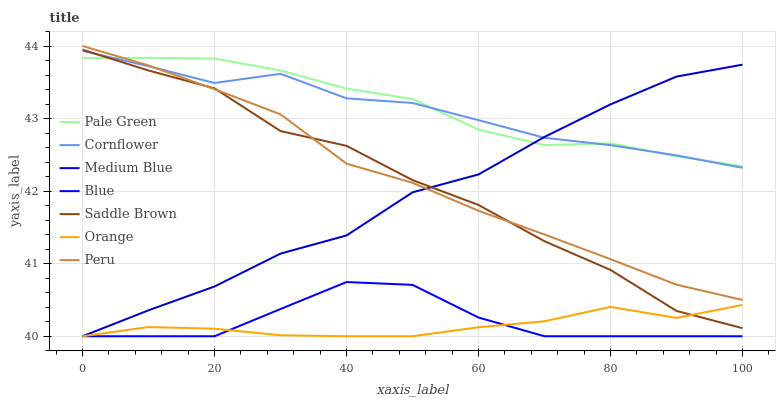
| xaxis_label | Pale Green | Cornflower | Medium Blue | Blue | Saddle Brown | Orange | Peru |
 | --- | --- | --- | --- | --- | --- | --- | --- |
 | 0 | 43.8 | 43.9 | 40 | 40 | 43.9 | 40 | 44 |
 | 10 | 43.8 | 43.7 | 40.4 | 40 | 43.7 | 40.1 | 43.7 |
 | 20 | 43.8 | 43.5 | 40.7 | 40 | 43.4 | 40.1 | 43.4 |
 | 30 | 43.7 | 43.6 | 41.1 | 40.4 | 42.8 | 40 | 43.1 |
 | 40 | 43.4 | 43.3 | 41.4 | 40.7 | 42.6 | 40 | 42.4 |
 | 50 | 43.3 | 43.2 | 42 | 40.7 | 42.2 | 40 | 42.1 |
 | 60 | 42.8 | 43 | 42.2 | 40.3 | 41.8 | 40.1 | 41.7 |
 | 70 | 42.6 | 42.7 | 42.7 | 40 | 41.3 | 40.2 | 41.4 |
 | 80 | 42.7 | 42.6 | 43.2 | 40 | 40.9 | 40.4 | 41.1 |
 | 90 | 42.5 | 42.5 | 43.6 | 40 | 40.3 | 40.3 | 40.7 |
 | 100 | 42.3 | 42.3 | 43.7 | 40 | 40.1 | 40.4 | 40.5 |